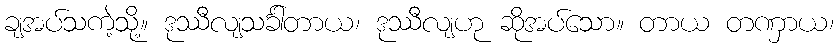
ချအပ်သကဲ့သို့။ ဒုဿီလျသင်္ခါတာယ၊ ဒုဿီလျဟု ဆိုအပ်သော။ တာယ တဏှာယ၊